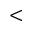
<